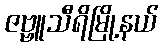
ဇဗ္ဗူသီရိမြို့နယ်